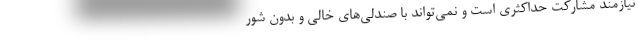
نیازمند مشارکت حداکثری است و نمی‌تواند با صندلی‌های خالی و بدون شور